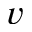
v